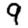
Digit: 9